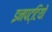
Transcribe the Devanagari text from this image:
इनपट्टियों